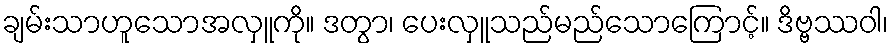
ချမ်းသာဟူသောအလှူကို။ ဒတွာ၊ ပေးလှူသည်မည်သောကြောင့်။ ဒိဗ္ဗဿဝါ၊